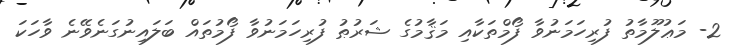
2- މަޢުލޫމާތު ފުރިހަމަނުވާ ފޯމްތަކާއި މަޤާމުގެ ޝަރުޠު ފުރިހަމަނުވާ ފޯމުތައް ބަލައިނުގަނެވޭނެ ވާހަކަ